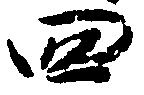
四